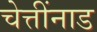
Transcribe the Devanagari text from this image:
चेत्तींनाड